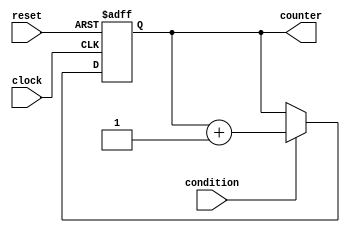
module basic_while_loop(
    input wire condition,
    input wire clock,
    input wire reset,
    output reg [7:0] counter
);

always @(posedge clock or posedge reset) begin
    if (reset) begin
        counter <= 8'b00000000;
    end else begin
        if (condition) begin
            counter <= counter + 1;
        end
    end
end

endmodule